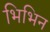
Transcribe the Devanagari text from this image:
भिभिन